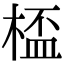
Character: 㮎